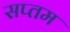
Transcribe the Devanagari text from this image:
सप्‍तम